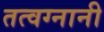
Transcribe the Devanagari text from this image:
तत्वग्नानी